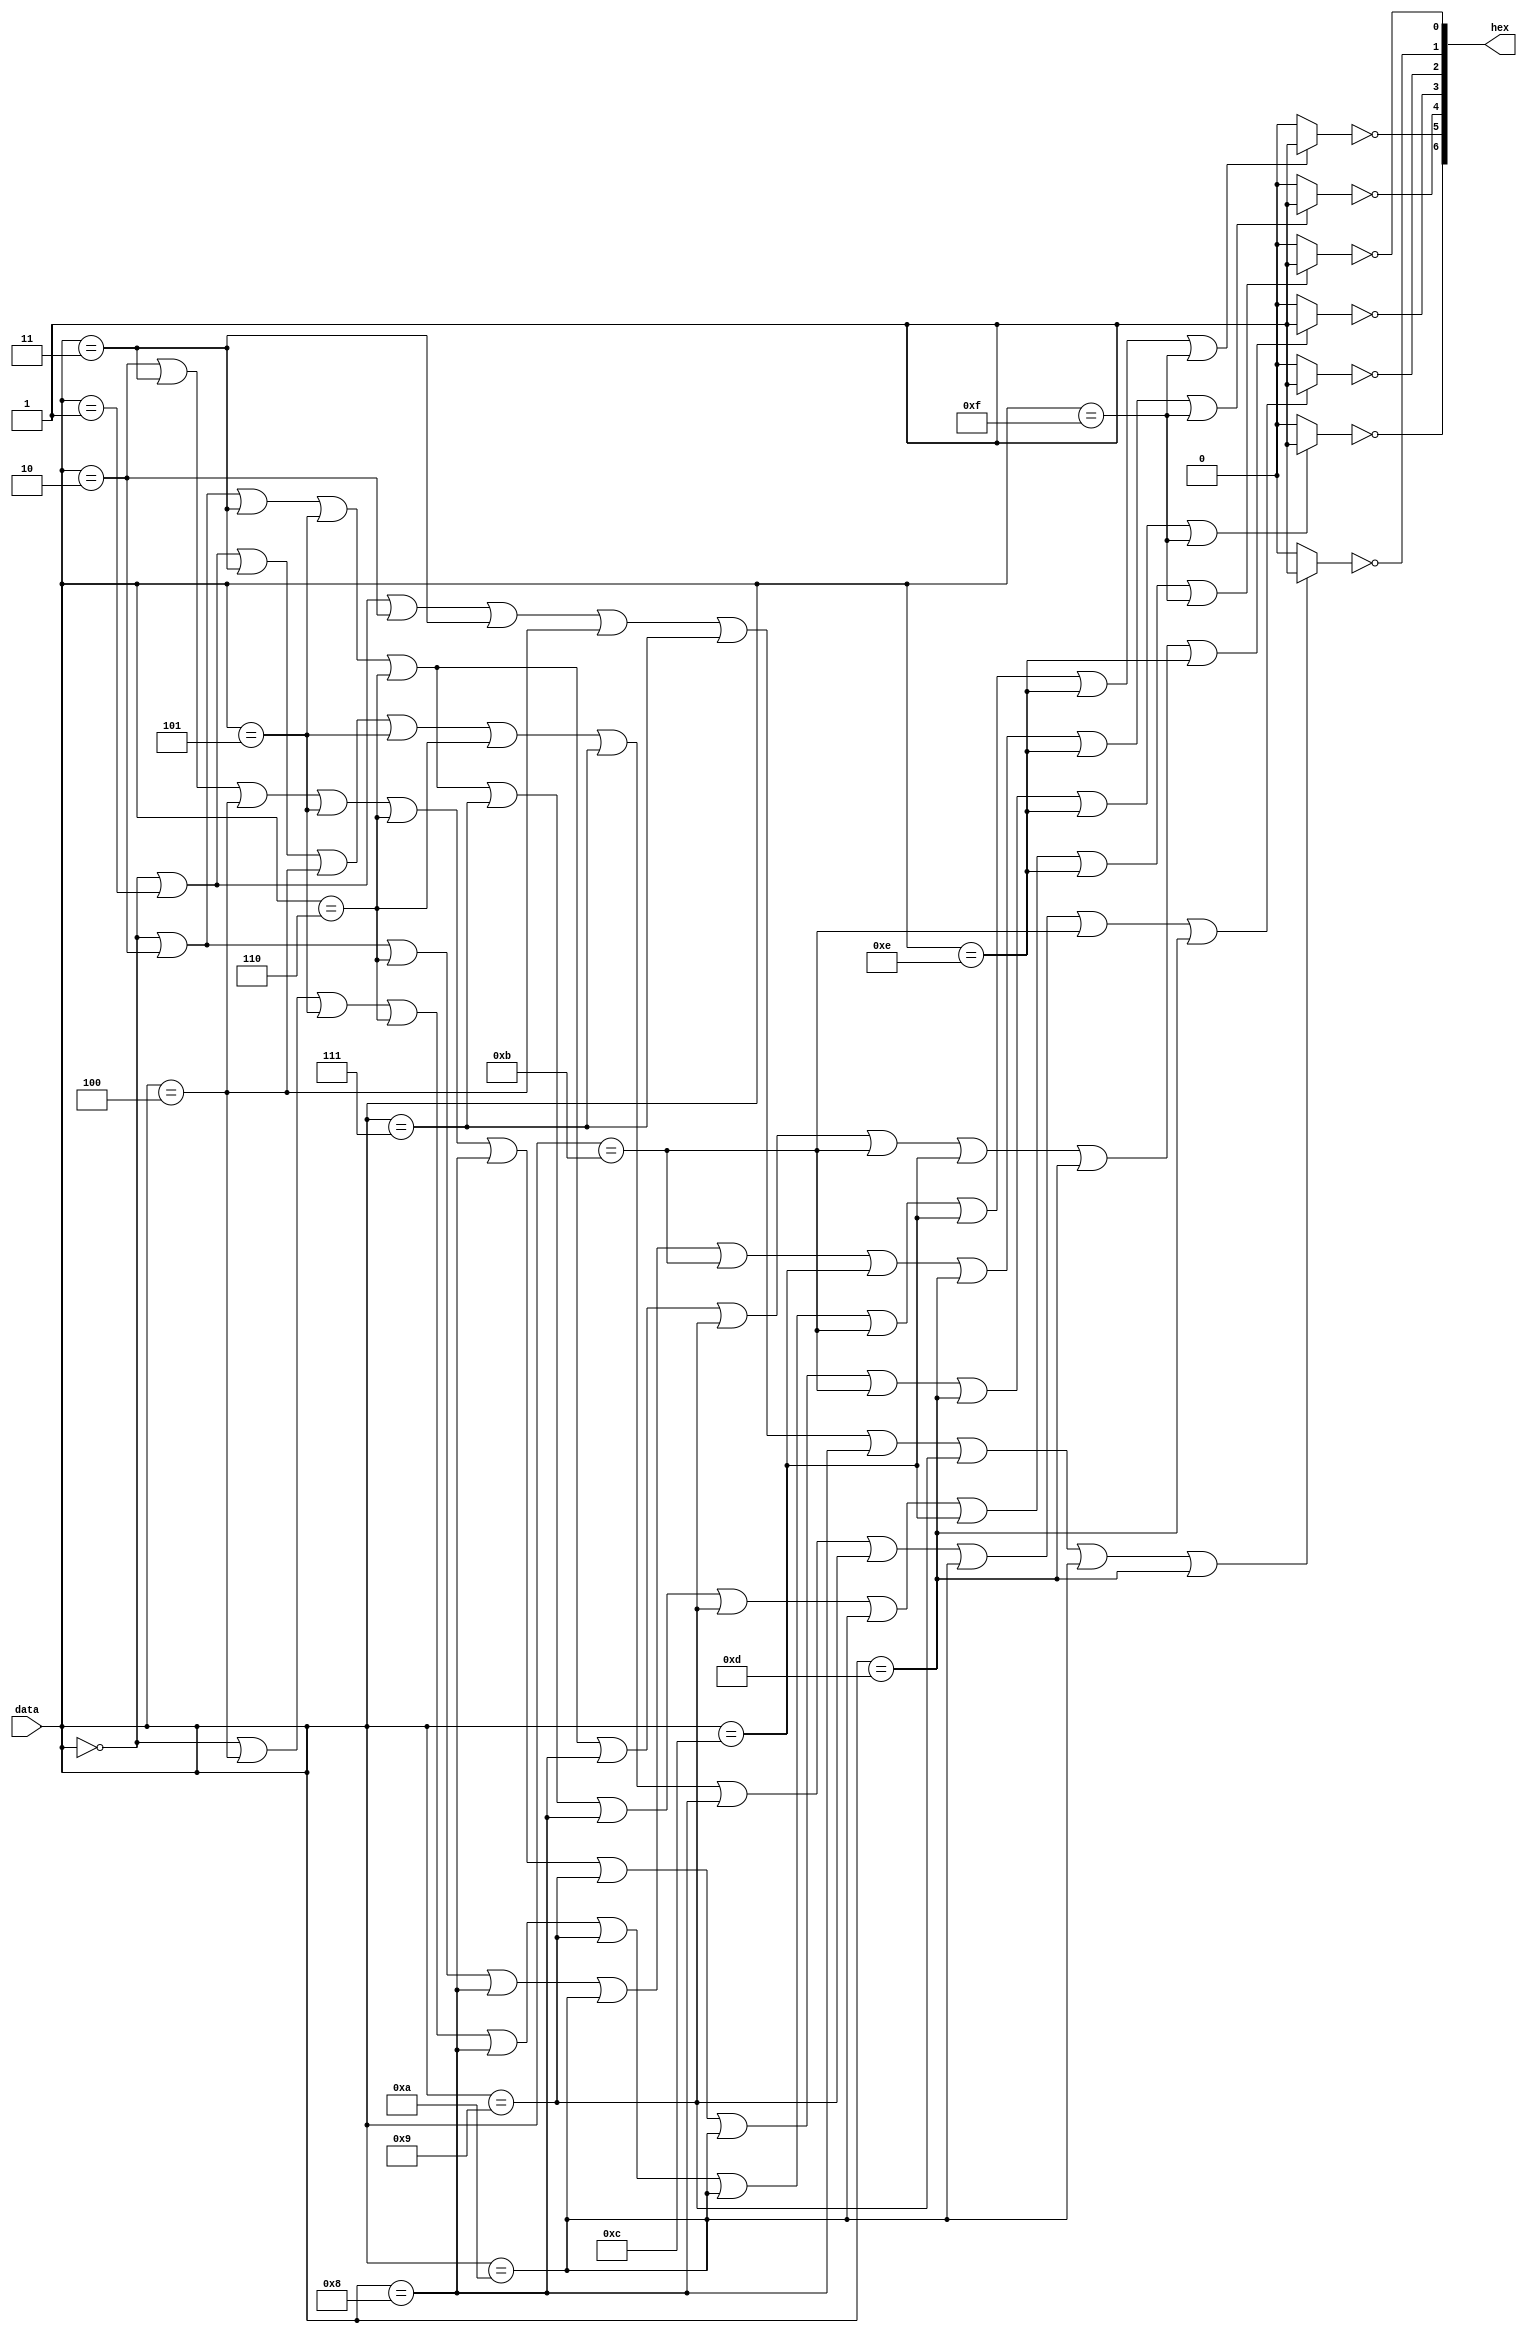
module Seg7 (data,hex);

input [3:0] data;

output [6:0] hex;

assign hex[0] = !(((data==0)||(data==2)||(data==3)||(data==5)||(data==6)||(data==7)||(data==8)||(data==9)||(data==10)||(data==12)||(data==14)||(data==15))?1'b1:1'b0);
assign hex[1] = !(((data==0)||(data==1)||(data==2)||(data==3)||(data==4)||(data==7)||(data==8)||(data==9)||(data==10)||(data==13))?1'b1:1'b0);
assign hex[2] = !(((data==0)||(data==1)||(data==3)||(data==4)||(data==5)||(data==6)||(data==7)||(data==8)||(data==9)||(data==10)||(data==11)||(data==13))?1'b1:1'b0);
assign hex[3] = !(((data==0)||(data==2)||(data==3)||(data==5)||(data==6)||(data==8)||(data==9)||(data==11)||(data==12)||(data==13)||(data==14))?1'b1:1'b0);
assign hex[4] = !(((data==0)||(data==2)||(data==6)||(data==8)||(data==10)||(data==11)||(data==12)||(data==13)||(data==14)||(data==15))?1'b1:1'b0);
assign hex[5] = !(((data==0)||(data==4)||(data==5)||(data==6)||(data==8)||(data==9)||(data==10)||(data==11)||(data==12)||(data==14)||(data==15))?1'b1:1'b0);
assign hex[6] = !(((data==2)||(data==3)||(data==4)||(data==5)||(data==6)||(data==8)||(data==9)||(data==10)||(data==11)||(data==13)||(data==14)||(data==15))?1'b1:1'b0);

endmodule